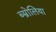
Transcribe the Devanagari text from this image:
ब्म्रोलिया